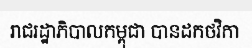
រាជរដ្ឋាភិបាលកម្ពុជា បានដកថវិកា